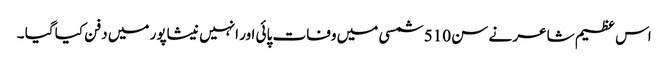
اس عظیم شاعر نے سن 510 شمسی میں وفات پائی اور انہیں نیشاپور میں دفن کیا گیا ۔